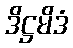
ဒိဋ္ဌမိဒံ